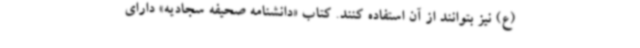
(ع) نیز بتوانند از آن استفاده کنند. کتاب «دانشنامه صحیفه سجادیه» دارای